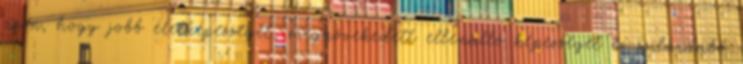
azon, hogy jobb életképességet, megnövekedett ellenálló képességet és szilárdabb